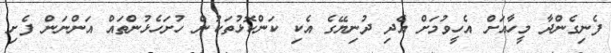
ފެނިގެންދާ މީހާއަށް އެހީވުމަށް އެދި ދުނިޔޭގެ އެކި ކަންކޮޅުތަކުން ހުށަހެޅުންތައް އަންނަން ފެށި